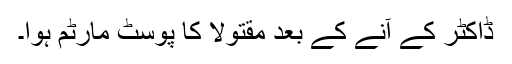
ڈاکٹر کے آنے کے بعد مقتولا کا پوسٹ مارٹم ہوا۔